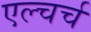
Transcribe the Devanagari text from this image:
एल्चर्च